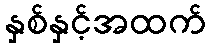
နှစ်နှင့်အထက်